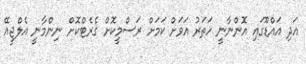
އަދި އައްޑޫގައި އޮންނާނީ ހަތަރު އަވަށް ކަމަށް ރަސްމީކޮށް ގެރެޓްކޮށް ނިންމާނީ އެލްޖީއޭ